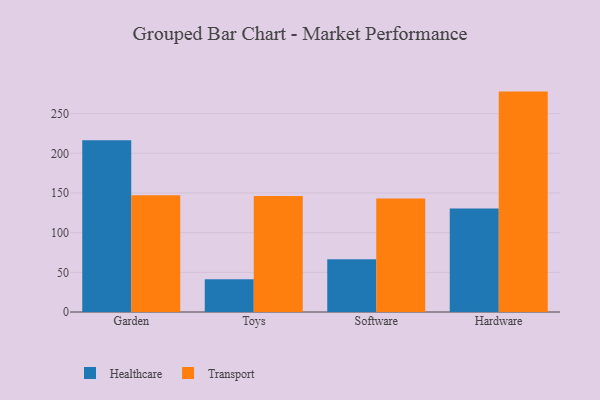
{"axis": {"x": "Category", "y": "Shipments"}, "legend": ["Healthcare", "Transport"], "data": [{"x": "Garden", "y": 216.5, "type": "Healthcare"}, {"x": "Garden", "y": 147.1, "type": "Transport"}, {"x": "Toys", "y": 41.4, "type": "Healthcare"}, {"x": "Toys", "y": 146.1, "type": "Transport"}, {"x": "Software", "y": 66.5, "type": "Healthcare"}, {"x": "Software", "y": 143.1, "type": "Transport"}, {"x": "Hardware", "y": 130.5, "type": "Healthcare"}, {"x": "Hardware", "y": 277.8, "type": "Transport"}]}